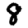
Digit: 8